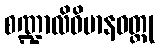
စဏ္ဍာလိဝိမာနဝတ္ထု